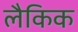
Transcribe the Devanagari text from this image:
लैकिक